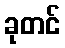
ခုတင်